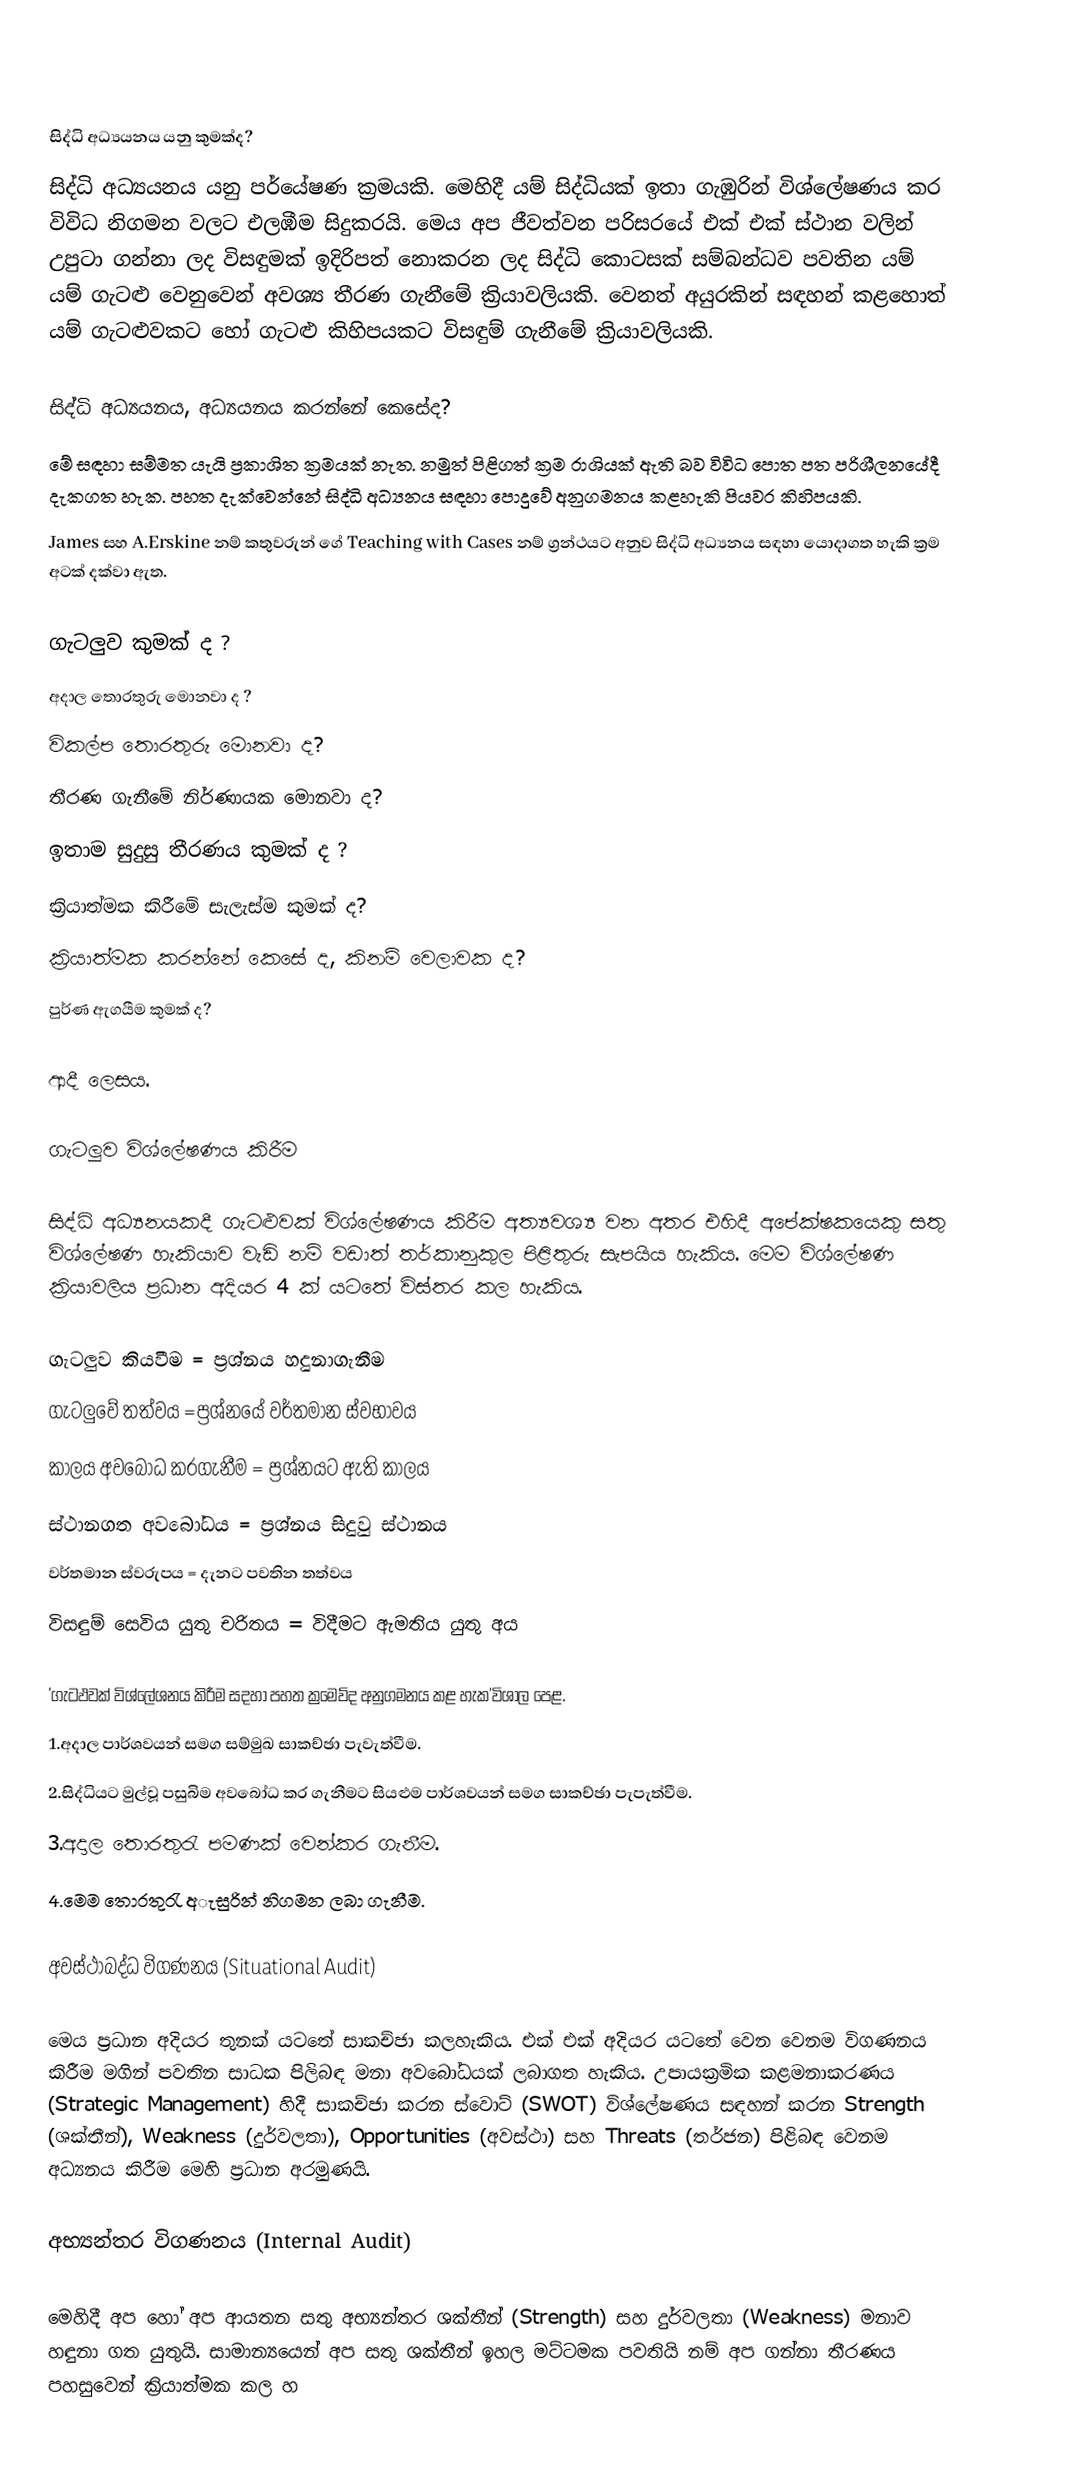

සිද්ධි අධ්‍යයනය යනු කුමක්ද?
සිද්ධි අධ්‍යයනය යනු පර්යේෂණ ක්‍රමයකි. මෙහිදී යම් සිද්ධියක් ඉතා ගැඹුරින් විශ්ලේෂණය කර විවිධ නිගමන වලට එලඹීම සිදුකරයි. මෙය අප ජීවත්වන පරිසරයේ එක් එක් ස්ථාන වලින් උපුටා ගන්නා ලද විසඳුමක් ඉදිරිපත් නොකරන ලද සිද්ධි කොටසක් සම්බන්ධව පවතින යම් යම් ගැටළු වෙනුවෙන් අවශ්‍ය තීරණ ගැනීමේ ක්‍රියාවලියකි. වෙනත් අයුරකින් සඳහන් කළහොත් යම් ගැටළුවකට හෝ ගැටළු කිහිපයකට විසඳුම් ගැනීමේ ක්‍රියාවලියකි.

සිද්ධි අධ්‍යයනය, අධ්‍යයනය කරන්නේ කෙසේද?
මේ සඳහා සම්මත යැයි ප්‍රකාශිත ක්‍රමයක් නැත. නමුත් පිළිගත් ක්‍රම රාශියක් ඇති බව විවිධ පොත පත පරිශීලනයේදී දැකගත හැක. පහත දැක්වෙන්නේ සිද්ධි අධ්‍යනය සඳහා පොදුවේ අනුගමනය කළහැකි පියවර කිහිපයකි.
James සහ A.Erskine නම් කතුවරුන් ගේ Teaching with Cases නම් ග්‍රන්ථයට අනුව සිද්ධි අධ්‍යනය සඳහා යොදාගත හැකි ක්‍රම අටක් දක්වා ඇත.

 ගැටලුව කුමක් ද ?
 අදාල තොරතුරු මොනවා ද ?
 විකල්ප තොරතුරු මොනවා ද?
 තීරණ ගැනීමේ නිර්ණායක මොනවා ද?
 ඉතාම සුදුසු තීරණය කුමක් ද ?
 ක්‍රියාත්මක කිරීමේ සැලැස්ම කුමක් ද?
 ක්‍රියාත්මක කරන්නේ කෙසේ ද, කිනම් වෙලාවක ද?
 පුර්ණ ඇගයීම කුමක් ද?

ආදී ලෙසය.

ගැටලුව විශ්ලේෂණය කිරීම

සිද්ධි අධ්‍යනයකදී ගැටළුවක් විශ්ලේෂණය කිරීම අත්‍යවශ්‍ය වන අතර එහිදී අපේක්ෂකයෙකු සතු විශ්ලේෂණ හැකියාව වැඩි නම් වඩාත් තර්කානුකුල පිළිතුරු සැපයිය හැකිය. මෙම විශ්ලේෂණ ක්‍රියාවලිය ප්‍රධාන අදියර 4 ක් යටතේ විස්තර කල හැකිය.

 ගැටලුව කියවීම = ප්‍රශ්නය හදුනාගැනීම
 ගැටලුවේ තත්වය =ප්‍රශ්නයේ වර්තමාන ස්වභාවය
 කාලය අවබෝධ කරගැනීම = ප්‍රශ්නයට ඇති කාලය
 ස්ථානගත අවබෝධය = ප්‍රශ්නය සිදුවු ස්ථානය
 වර්තමාන ස්වරුපය = දැනට පවතින තත්වය
 විසඳුම් සෙවිය යුතු චරිතය = විදීමට ඇමතිය යුතු අය

'ගැටඵවක් විශ්ලේශනය කිරීම සදහා පහත ක්‍රමෙව්ද අනුගමනය කළ හැක'විශාල පෙළ.
1.අදාල පාර්ශවයන් සමග සම්මුඛ සාකච්ඡා පැවැත්වීම.
2.සිද්ධියට මුල්වූ පසුබිම අවබෝධ කර ගැනීමට සියළුම පාර්ශවයන් සමග සාකච්ඡා පැපැත්වීම.
3.අදාල තොරතුරැ පමණක් වෙන්කර ගැනීම.
4.මෙම තොරතුරැ අැසුරින් නිගමන ලබා ගැනීම.

අවස්ථාබද්ධ විගණනය (Situational Audit)

මෙය ප්‍රධාන අදියර තුනක් යටතේ සාකච්ජා කලහැකිය. එක් එක් අදියර යටතේ වෙන වෙනම විගණනය කිරීම මගින් පවතින සාධක පිලිබඳ මනා අවබෝධයක් ලබාගත හැකිය. උපායක්‍රමික කළමනාකරණය (Strategic Management) හිදී සාකච්ජා කරන ස්වොට් (SWOT) විශ්ලේෂණය සඳහන් කරන Strength (ශක්තීන්), Weakness (දුර්වලතා), Opportunities (අවස්ථා)  සහ Threats (තර්ජන) පිළිබඳ වෙනම අධ්‍යනය කිරීම මෙහි ප්‍රධාන අරමුණයි.

අභ්‍යන්තර විගණනය (Internal Audit)

මෙහිදී අප හෝ අප ආයතන සතු අභ්‍යන්තර ශක්තීන් (Strength) සහ දුර්වලතා (Weakness) මනාව හඳුනා ගත යුතුයි. සාමාන්‍යයෙන් අප සතු ශක්තීන් ඉහල මට්ටමක පවතියි නම් අප ගන්නා තීරණය පහසුවෙන් ක්‍රියාත්මක කල හ